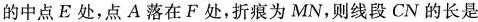
的中点E处，点A落在F处，折痕为MN，则线段CN的长是